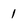
Character: 1